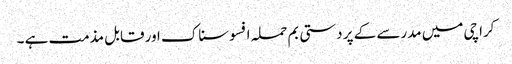
کراچی میں مدرسے کے پر دستی بم حملہ افسوسناک اور قابل مذمت ہے ۔